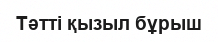
Тәтті қызыл бұрыш